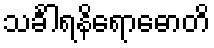
သင်္ခါရနိရောဓောတိ